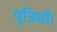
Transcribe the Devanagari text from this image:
पुत्रियाँ।